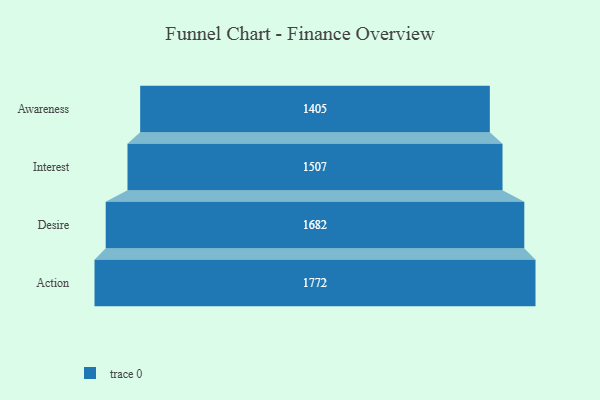
{"axis": {"x": "Stage", "y": "Value"}, "legend": [""], "data": [{"x": "Awareness", "y": 1405.0, "type": ""}, {"x": "Interest", "y": 1507.0, "type": ""}, {"x": "Desire", "y": 1682.0, "type": ""}, {"x": "Action", "y": 1772.0, "type": ""}]}